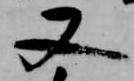
又